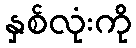
နှစ်လုံးကို